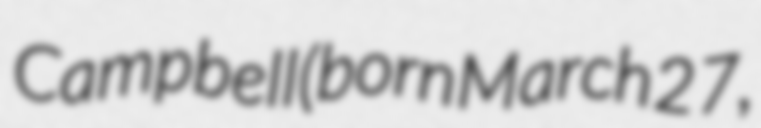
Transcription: Campbell (born March 27,